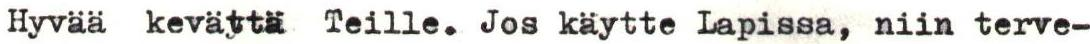
Hyvää kevättä Teille. Jos käytte Lapissa, niin terve-